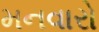
મનવારો